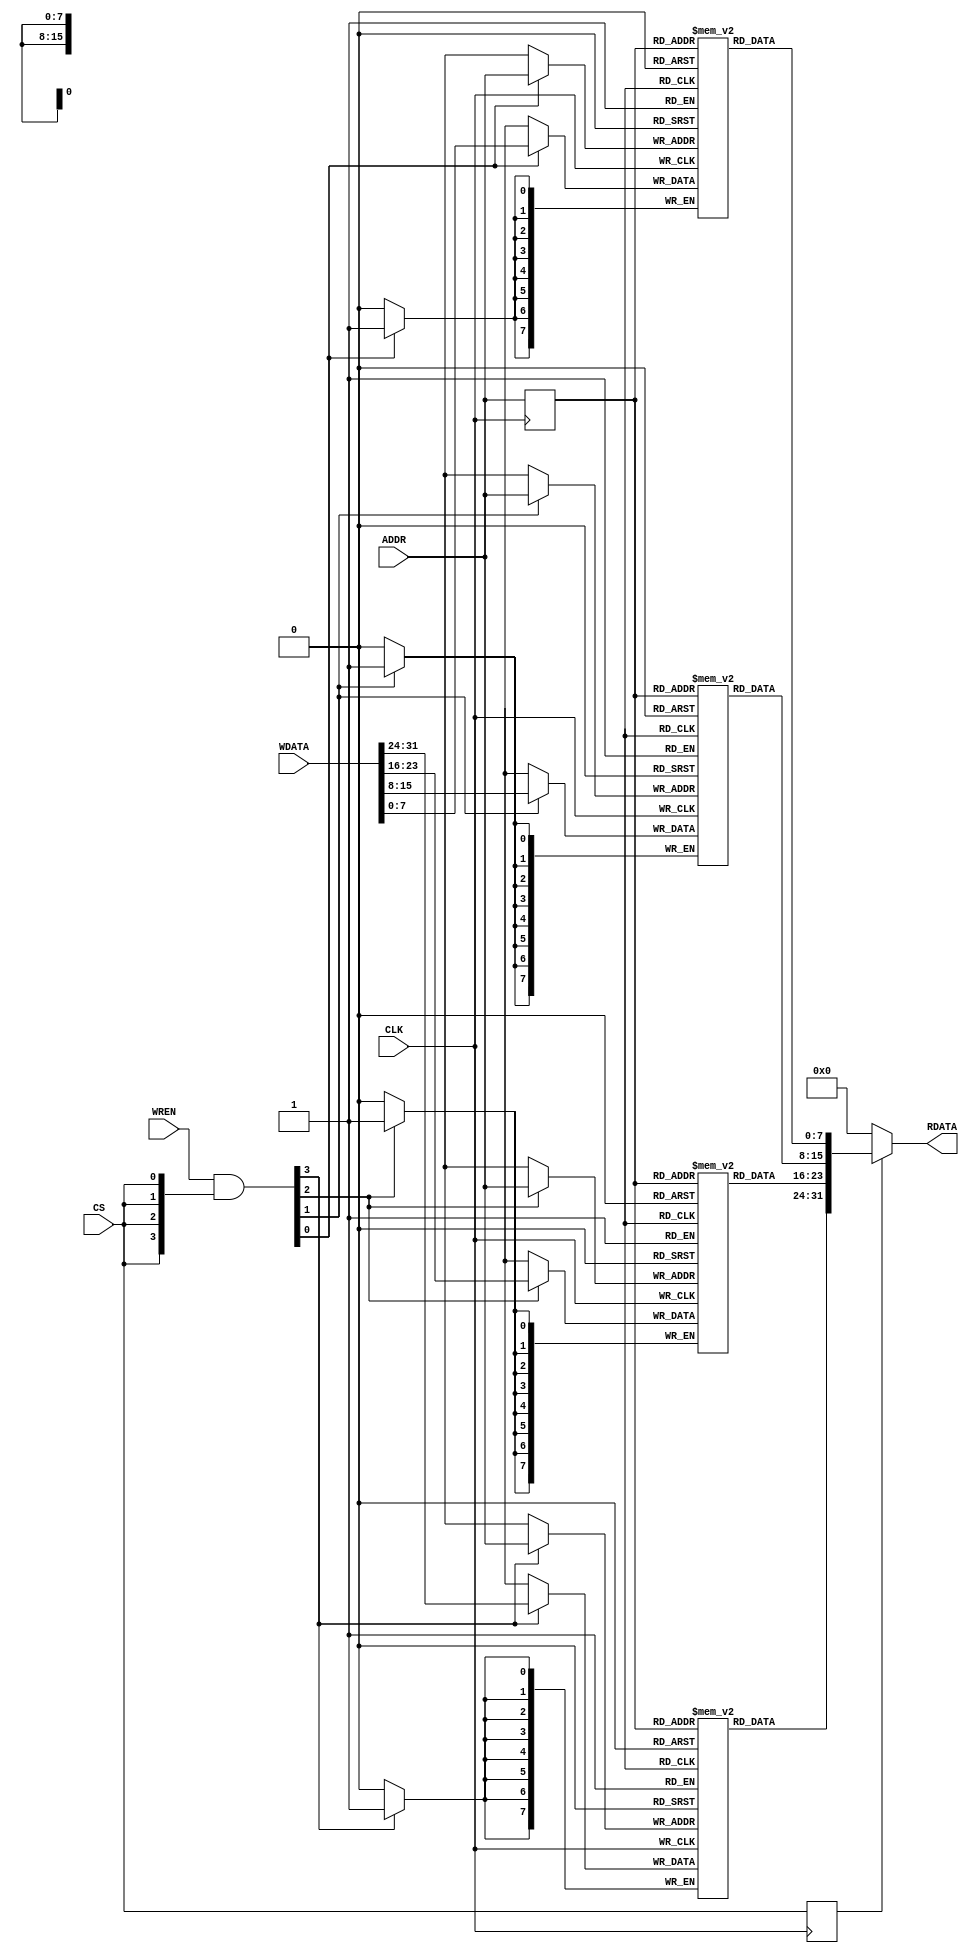
module cmsdk_fpga_sram #(
// --------------------------------------------------------------------------
// Parameters
// --------------------------------------------------------------------------
  parameter AW = 16,
  parameter MEMFILE = "image.hex"
 )
 (
  // Inputs
  input  wire          CLK,
  input  wire [AW-1:0] ADDR,
  input  wire [31:0]   WDATA,
  input  wire [3:0]    WREN,
  input  wire          CS,

  // Outputs
  output wire [31:0]   RDATA
  );

// -----------------------------------------------------------------------------
// Constant Declarations
// -----------------------------------------------------------------------------
localparam AWT = ((1<<(AW-0))-1);

  // Memory Array
  reg     [7:0]   BRAM0 [AWT:0];
  reg     [7:0]   BRAM1 [AWT:0];
  reg     [7:0]   BRAM2 [AWT:0];
  reg     [7:0]   BRAM3 [AWT:0];

  // Internal signals
  reg     [AW-1:0]  addr_q1;
  wire    [3:0]     write_enable;
  reg               cs_reg;
  wire    [31:0]    read_data;

  assign write_enable[3:0] = WREN[3:0] & {4{CS}};

  always @ (posedge CLK)
    begin
    cs_reg <= CS;
    end

  // Infer Block RAM - syntax is very specific.
  always @ (posedge CLK)
    begin
      if (write_enable[0])
        BRAM0[ADDR] <= WDATA[7:0];
      if (write_enable[1])
        BRAM1[ADDR] <= WDATA[15:8];
      if (write_enable[2])
        BRAM2[ADDR] <= WDATA[23:16];
      if (write_enable[3])
        BRAM3[ADDR] <= WDATA[31:24];
      // do not use enable on read interface.
      addr_q1 <= ADDR[AW-1:0];
    end

  assign read_data  = {BRAM3[addr_q1],BRAM2[addr_q1],BRAM1[addr_q1],BRAM0[addr_q1]};


  assign RDATA      = (cs_reg) ? read_data : {32{1'b0}};

`ifdef SIMULATION
  integer i;
  localparam MEM_SIZE = 2**(AW+2);
  reg [7:0] fileimage [0:((MEM_SIZE)-1)];

  initial begin
    //  Initialize memory content to avoid X value on bus
    for (i = 0; i <= AWT; i=i+1)
      begin
        BRAM0[i] = 8'h00;
        BRAM1[i] = 8'h00;
        BRAM2[i] = 8'h00;
        BRAM3[i] = 8'h00;
      end

`ifndef RAMPRELOAD_SPI
  // Simulation
  $readmemh(MEMFILE, fileimage);
      // Copy from single array to splitted array
    for (i=0;i<(MEM_SIZE/4); i= i+1)
    begin
      BRAM3[i] = fileimage[i*4+3];
      BRAM2[i] = fileimage[i*4+2];
      BRAM1[i] = fileimage[i*4+1];
      BRAM0[i] = fileimage[i*4];

    end
`endif // RAMPRELOAD_SPI
  end
`endif // SIMULATION

endmodule